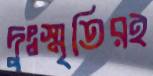
দুঃস্মৃতিরই